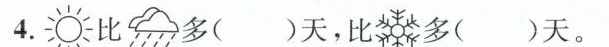
4. 比 多( )天，比 多 （）天。